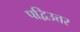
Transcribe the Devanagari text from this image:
पद्विउत्तर